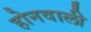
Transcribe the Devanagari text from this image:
होनवाली